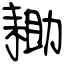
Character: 耡